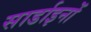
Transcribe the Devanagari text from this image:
सार्डाइनों